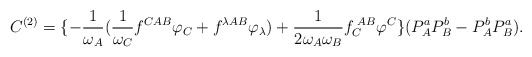
\begin{align*}C^{(2)}=\{-\frac{1}{\omega_{A}}(\frac{1}{\omega_{C}}f^{CAB}\varphi_{C}+f^{\lambda AB}\varphi_{\lambda})+\frac{1}{2\omega_{A}\omega_{B}}f_{C}^{\;AB}\varphi^{C}\}(P_{A}^{a}P^{b}_{B}-P^{b}_{A}P^{a}_{B}).\end{align*}